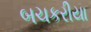
બચકરીયા